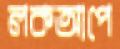
লকআপে